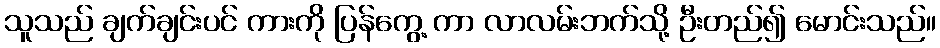
သူသည် ချက်ချင်းပင် ကားကို ပြန်ကွေ့ ကာ လာလမ်းဘက်သို့ ဦးတည်၍ မောင်းသည်။